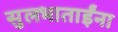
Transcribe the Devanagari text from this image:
सुलभाताईंना